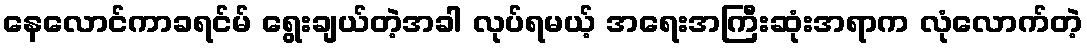
နေလောင်ကာခရင်မ် ရွေးချယ်တဲ့အခါ လုပ်ရမယ့် အရေးအကြီးဆုံးအရာက လုံလောက်တဲ့